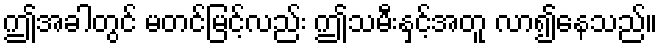
ဤအခါတွင် မတင်မြင့်လည်း ဤသမီးနှင့်အတူ လာ၍နေသည်။